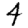
Digit: 4